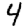
Digit: 4